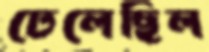
ঢেলেছিল